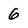
Character: 6